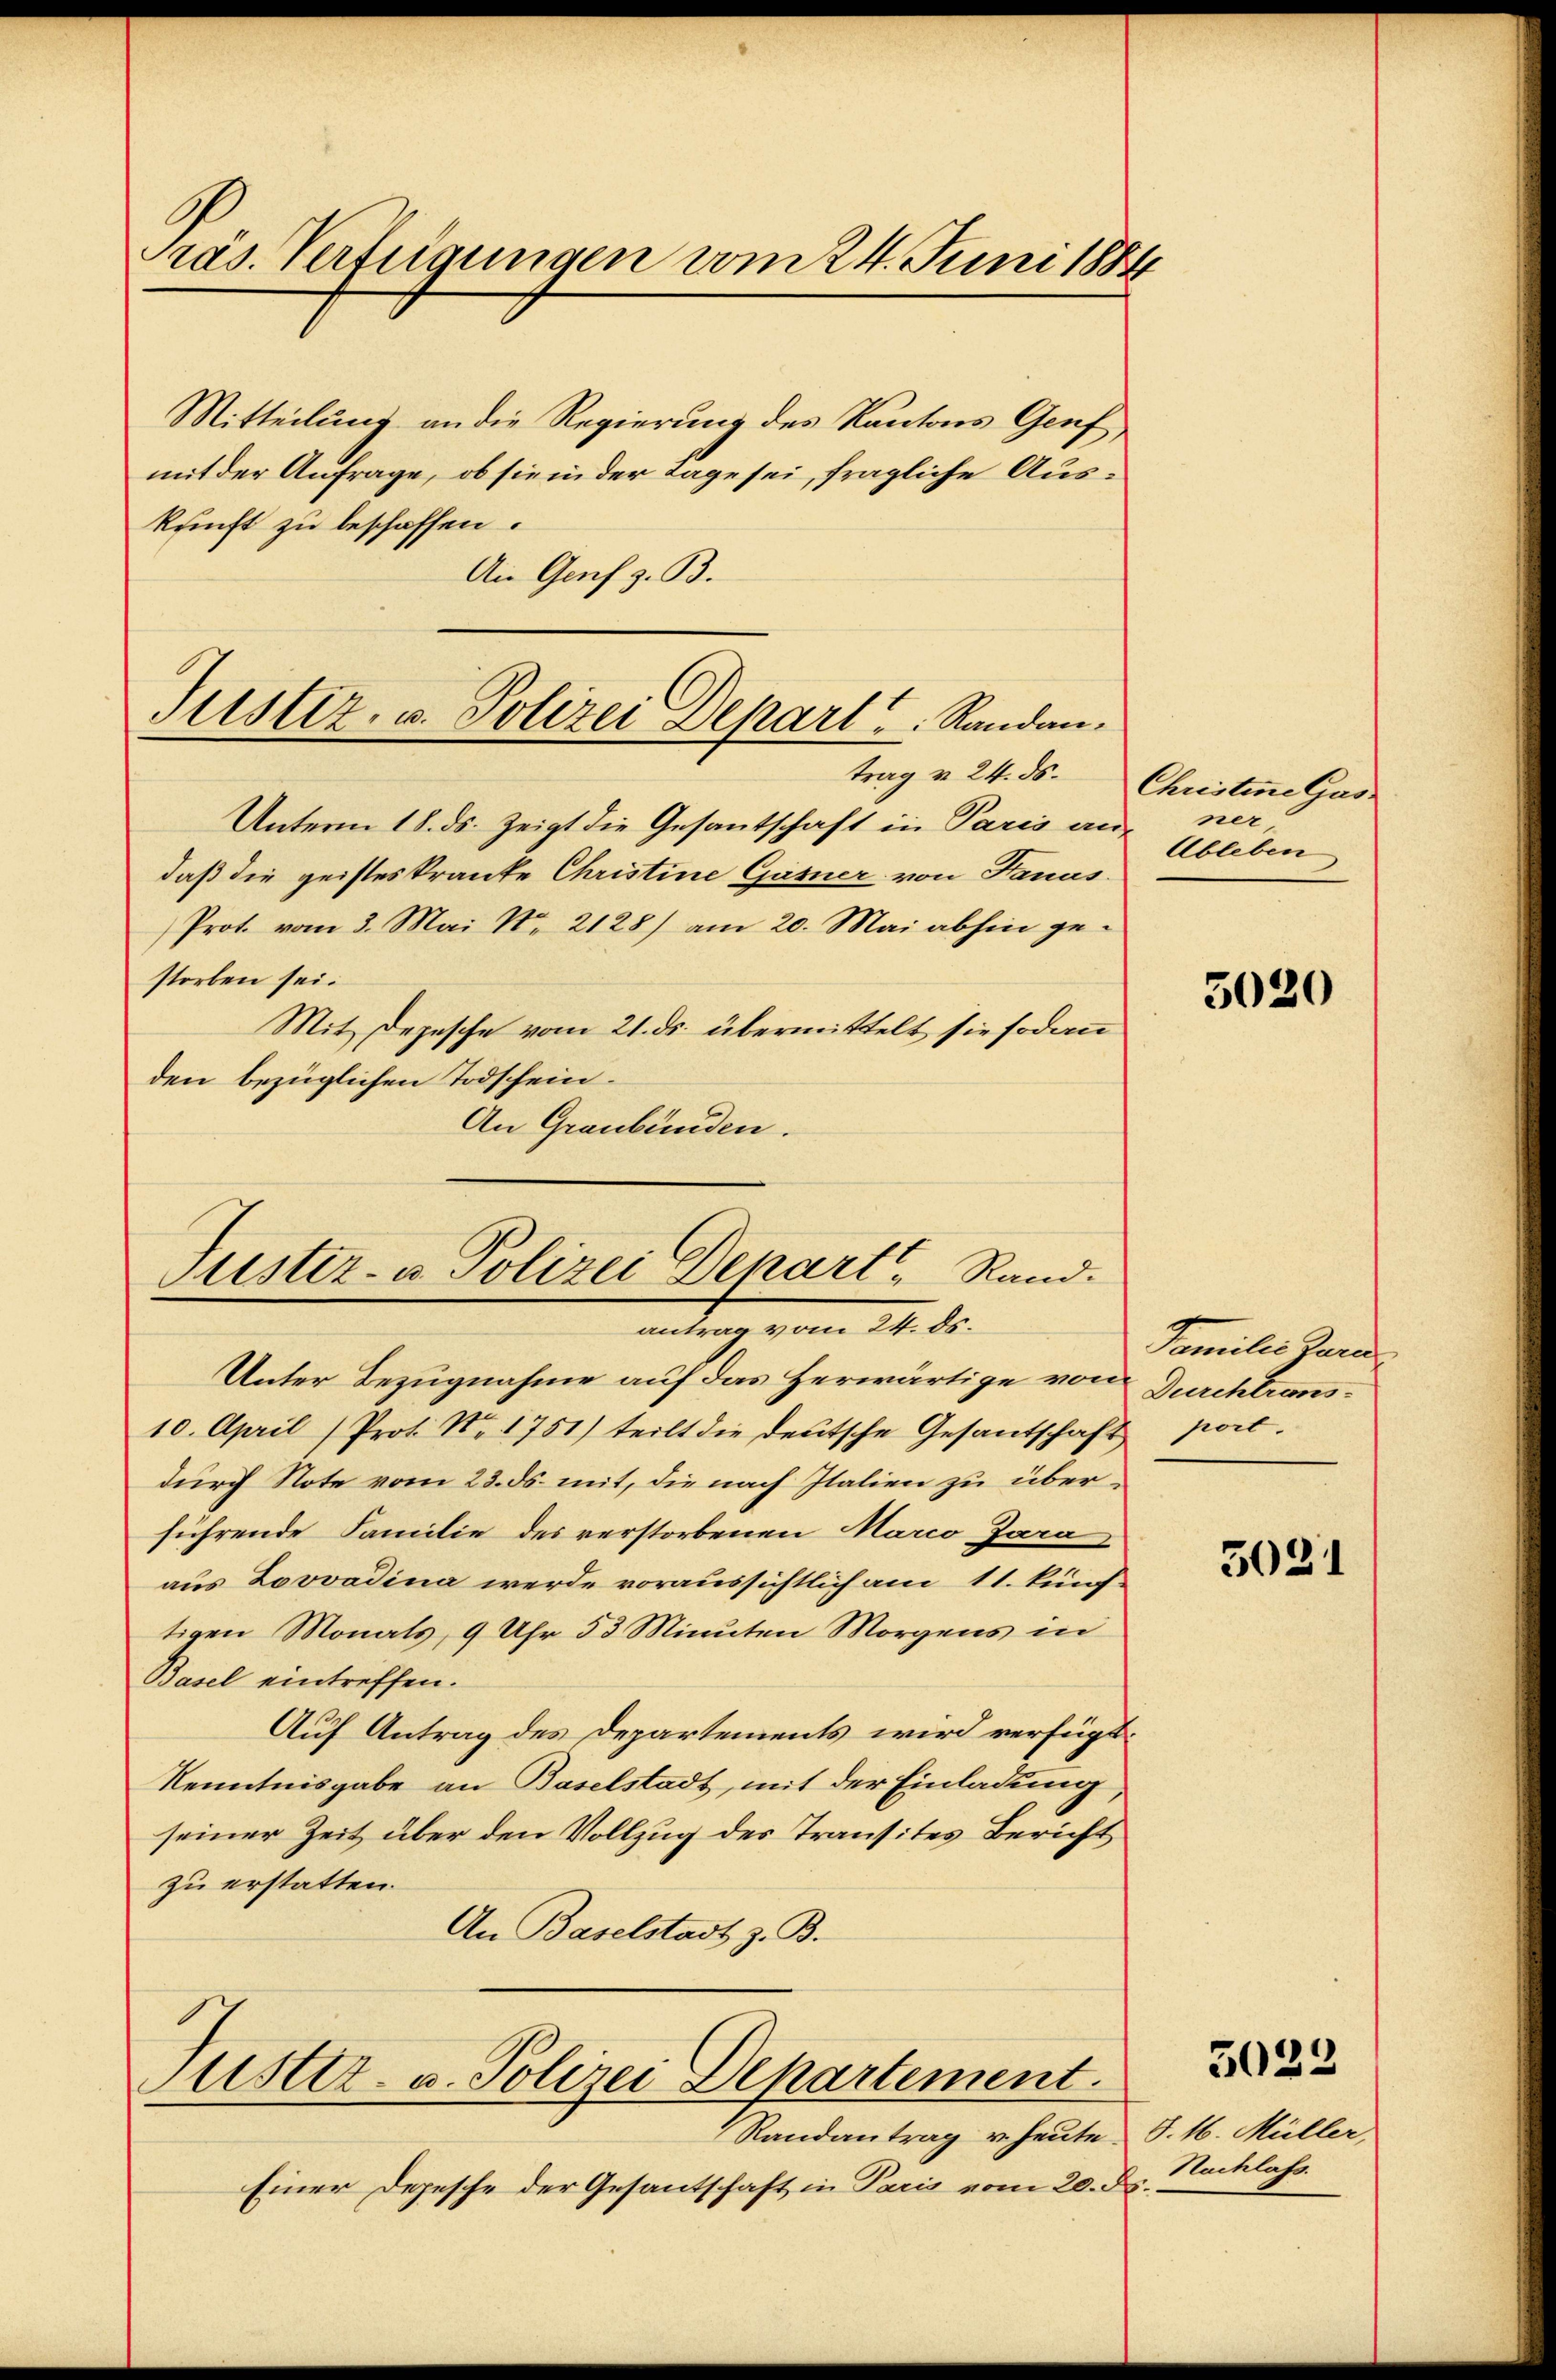
Präs. Vertrigungen vom 24. Juni 1884

Justiz, u. Polizei Depart Randantrag v. 24. ds.

Justiz- u Polizei Depart, Rand.
antrag vom 14. ds.

Mitteilung an die Regierung des Kantons Genf
mit der Anfrage, ob sie in der Tage sei, fragliche Auskunft zu beschaffen.
An Genf z. B.
Unterm 18. ds. zeigt die Gesantschaft in Paris an-
daß die geisteskrante Christine Gasner von Hanas
Prot. vom 3. Mai No 2128) am 20. Mai abhin gestorben sei.
Mit Depesche vom 21. ds. übermittelt sie sodann
den bezüglichen Todschein.
An Graubünden.

Justiz- u. Polizei Departement.

Einer Depesche der Gesantschaft in Paris vom 20. ds.

Unter Bezugnahme auf das Herwärtige von Durchtrans¬
10. April (Prot. No. 1751) teilt die deutsche Gesandschaft port.
durch Note vom 23. ds. mit, die nach Italien zu überführende Familie des verstorbenen Marco Jara
aus Lovvadina werde voraussichtlich am 11. künf-
tigen Monats, 9 Uhr 53 Minuten Morgens in
Basel eintreffen.
Auf Antrag des Departements wird verfügt:
Kenntnisgabe an Baselstadt, mit der Einladung,
seiner Zeit über den Vollzug des Transites Bericht
zu erstatten.
An Baselstadt z. B.

Randantrag u. heute.

Christine Gasz
ner
Ableben

5020

Familie Jura

5021

5023

S. 16. Müller,
Nachlass.